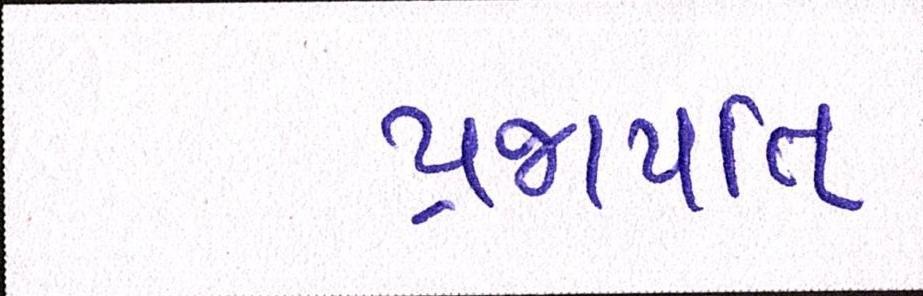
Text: પ્રજાપતિ